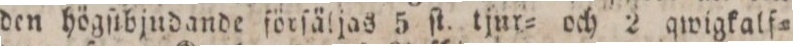
den högſtbjudande förſäljas 5 ſt. tjur= och 2 qwigkalf=